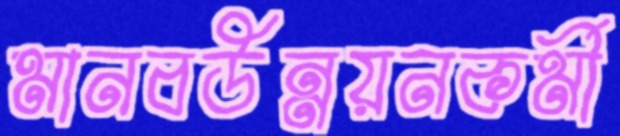
মানবউন্নয়নকর্মী